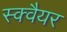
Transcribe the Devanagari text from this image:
स्‍क्‍वैयर